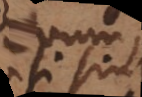
si, sunt